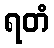
ရတံ